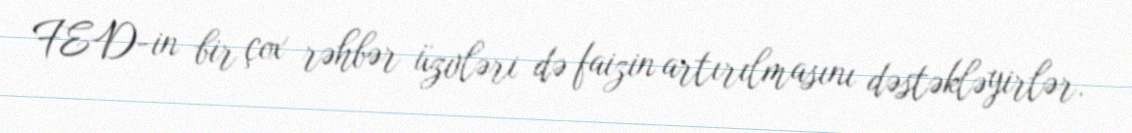
FED-in bir çox rəhbər üzvləri də faizin artırılmasını dəstəkləyirlər.